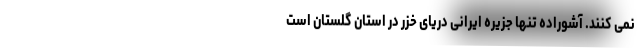
نمی کنند. آشوراده تنها جزیره ایرانی دریای خزر در استان گلستان است